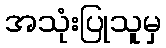
အသုံးပြုသူမှ